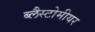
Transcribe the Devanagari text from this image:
ब्लैस्टोमीयर